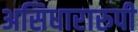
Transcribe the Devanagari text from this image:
असिधारारुपी